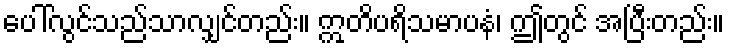
ပေါ်လွင်သည်သာလျှင်တည်း။ ဣတိပရိသမာပနံ၊ ဤတွင် အပြီးတည်း။